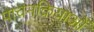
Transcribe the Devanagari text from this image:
पाचनक्रियाओं